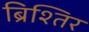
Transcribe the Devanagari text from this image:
ब्रिश्तिर